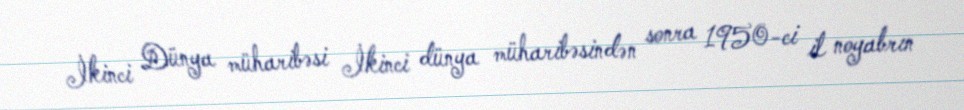
İkinci Dünya müharibəsi İkinci dünya müharibəsindən sonra 1950-ci il noyabrın